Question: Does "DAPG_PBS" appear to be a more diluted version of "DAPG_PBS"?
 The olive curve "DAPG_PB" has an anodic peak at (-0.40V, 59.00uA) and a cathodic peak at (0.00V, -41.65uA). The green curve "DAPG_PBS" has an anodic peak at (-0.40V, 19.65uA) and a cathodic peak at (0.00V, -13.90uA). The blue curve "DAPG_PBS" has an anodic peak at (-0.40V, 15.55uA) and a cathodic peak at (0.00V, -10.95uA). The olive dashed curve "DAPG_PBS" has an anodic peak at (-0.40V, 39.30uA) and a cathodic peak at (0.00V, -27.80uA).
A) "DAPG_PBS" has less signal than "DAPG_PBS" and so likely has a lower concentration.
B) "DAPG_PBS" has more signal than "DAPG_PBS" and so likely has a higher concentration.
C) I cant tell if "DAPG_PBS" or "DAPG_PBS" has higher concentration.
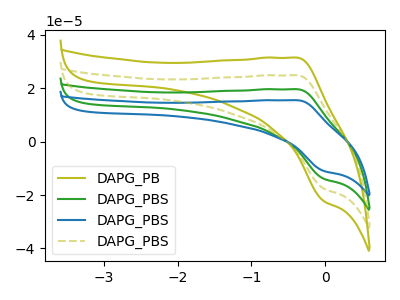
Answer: <think>All the peaks in "DAPG_PBS" have a peak in "DAPG_PBS" at the same potential. Every peak in "DAPG_PBS" is lower than every peak in "DAPG_PBS".
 </think>
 <answer>A) "DAPG_PBS" has less signal than "DAPG_PBS" and so likely has a lower concentration.</answer>
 <eval>A</eval>